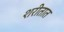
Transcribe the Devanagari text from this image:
शरीतात